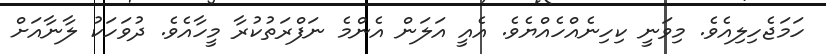
ހަމަޖެހިލިއެވެ. މިވަނީ ކިހިނެއްހެއްޔެވެ. އެއީ އަލަން އެންމެ ނަފްރަތުކުރާ މީހާއެވެ. ދުވަހަކު ލާނާއަށް